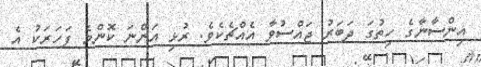
އިންސާނާގެ ހިތުގަ ދަބަރު ޖައްސުވާ އެއްޗެކެވެ. ރުޅި އަންނަ ކޮންމެ ފަހަރަކު އެ